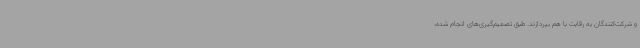
و شرکت‌کنندگان به رقابت با هم بپردازند. طبق تصمیم‌گیری‌های انجام شده،